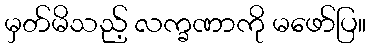
မှတ်မိသည့် လက္ခဏာကို မဖော်ပြ။